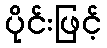
ပိုင်းဖြင့်